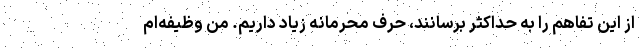
از اين تفاهم را به حداكثر برسانند، حرف محرمانه زياد داريم. من وظيفه‌ام